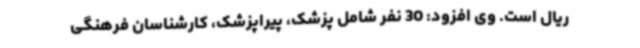
ریال است. وی افزود: 30 نفر شامل پزشک، پیراپزشک، کارشناسان فرهنگی